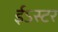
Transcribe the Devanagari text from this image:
ईऽस्टर